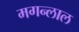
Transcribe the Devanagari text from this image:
मगन्लाल